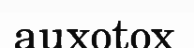
auxotox